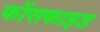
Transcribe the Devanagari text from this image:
फॉसफाइड